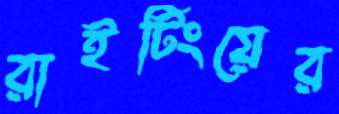
রাইটিংয়ের